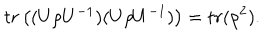
t r \left( ( U \rho U ^ { - 1 } ) ( U \rho U ^ { - 1 } ) \right) = t r ( \rho ^ { 2 } ) .